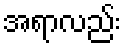
အရာလည်း